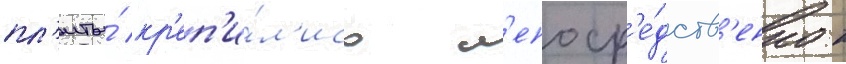
пл'иты́ кр'еп'и́л'ись н'епоср'е́дств'енно к